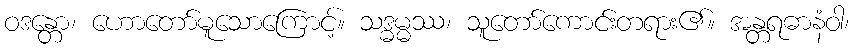
ဝဒန္တော၊ ဟောတော်မူသောကြောင့်။ သဒ္ဓမ္မဿ၊ သူတော်ကောင်းတရား၏။ အန္တရဓာနံဝါ၊